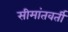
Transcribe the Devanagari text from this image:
सीमांतवर्ती